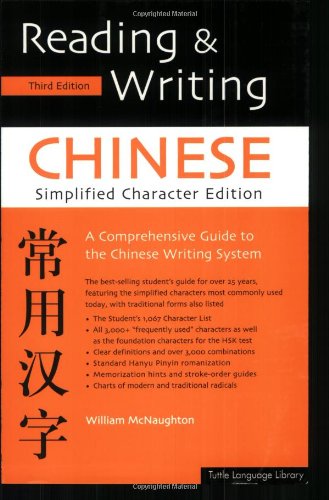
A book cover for Reading & Writing Chinese: Simplified Character Edition; William McNaughton; Reference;